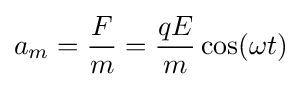
a_{m}={F \over m}={qE \over m}\cos(\omega t)